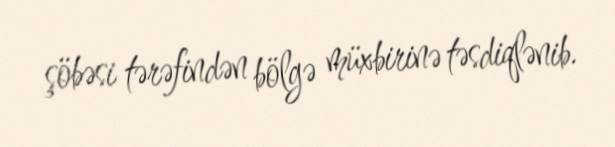
şöbəsi tərəfindən bölgə müxbirinə təsdiqlənib.